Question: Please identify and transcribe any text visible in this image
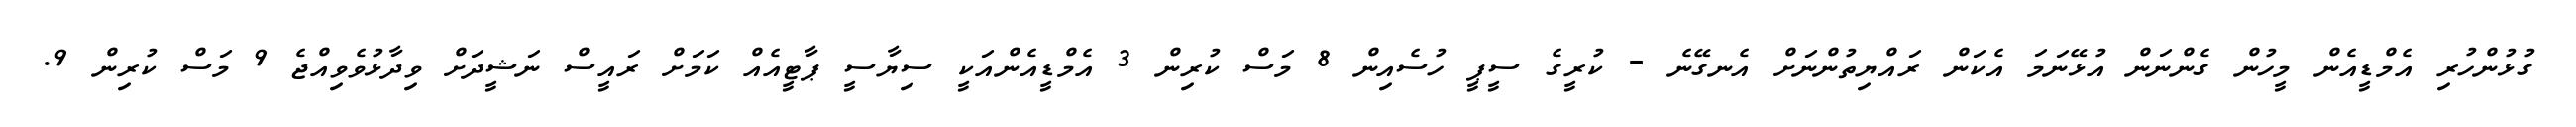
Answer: ގުޅުންހުރި އެމްޑީއެން މީހުން ގެންނަން އުޅޭނަމަ އެކަން ރައްޔިތުންނަށް އެނގޭނެ - ކުރީގެ ސީޕީ ހުސެއިން 8 މަސް ކުރިން 3 އެމްޑީއެންއަކީ ސިޔާސީ ޕާޓީއެއް ކަމަށް ރައީސް ނަޝީދަށް ވިދާޅުވެވިއްޖެ 9 މަސް ކުރިން 9.